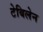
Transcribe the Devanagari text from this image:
टेबिलेन